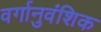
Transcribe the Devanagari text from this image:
वर्गानुवंशिक